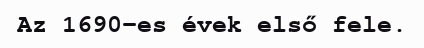
Az 1690-es évek első fele.